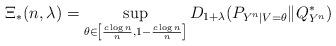
LaTeX: \begin{align*}\Xi_{\ast}(n, \lambda) = \sup_{\theta \in \left[ \frac{c\log n}{n}, 1-\frac{c\log n}{n} \right]} D_{1+\lambda }( P_{Y^n|V=\theta} \| Q_{Y^n}^{\ast}) \end{align*}